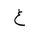
Letter: _gayn